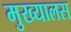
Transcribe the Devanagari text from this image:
मुख्यालस